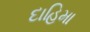
દાહિમા